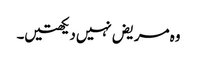
وہ مریض‌نہیں‌دیکھتیں۔